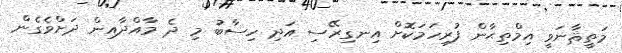
މަތީޘާނަވީ އިމްތިޙާން ފުރިހަމަކޮށް އިނގިރޭސި އަދި ހިސާބު މި ދެ މާއްދާއިން ދަށްވެގެން